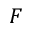
F